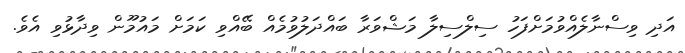
އަދި ވިސްނާލެއްވުމަށްފަހު ސިލްސިލާ މަޝްވަރާ ބައްދަލުވުމެއް ބޭއްވި ކަމަށް މައުމޫން ވިދާޅުވި އެވެ.